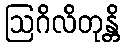
ဩဂိလိတုန္တိ